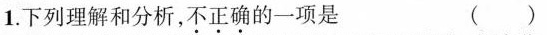
下列理解和分析，不正确的一项是 （）